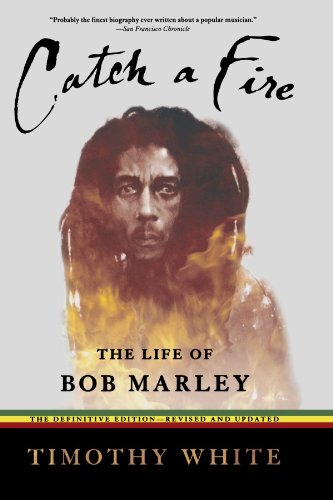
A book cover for Catch a Fire: The Life of Bob Marley; Timothy White; Biographies & Memoirs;